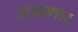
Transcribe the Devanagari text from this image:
राखणार